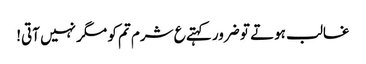
غالب ہوتے تو ضرور کہتے ع شرم تم کو مگر نہیں آتی!